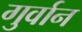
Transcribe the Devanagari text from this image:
गुर्वान